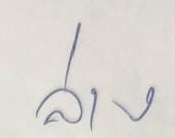
ล่าง